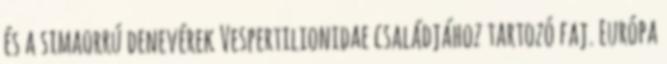
és a simaorrú denevérek Vespertilionidae családjához tartozó faj. Európa